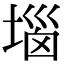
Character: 堖